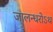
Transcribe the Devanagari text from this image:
जालन्धरोऽथ